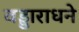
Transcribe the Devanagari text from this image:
वड्डाराधने